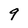
Character: 9